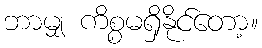
ဘာမျှ ကိစ္စမရှိနိုင်တော့။